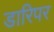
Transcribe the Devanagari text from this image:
डारिपर